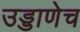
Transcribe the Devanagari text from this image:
उड्डाणेच